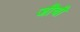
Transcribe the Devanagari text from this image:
जीची